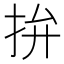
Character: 拚